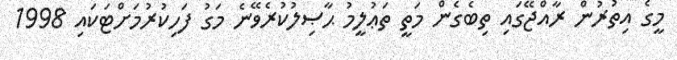
މީގެ އިތުރުން ރާއްޖޭގައި ތިބެގެން މަތީ ތަޢުލީމު ޙާޞިލުކުރެވޭނެ މަގު ފަހިކުރުމަށްޓަކައި 1998